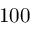
1 0 0